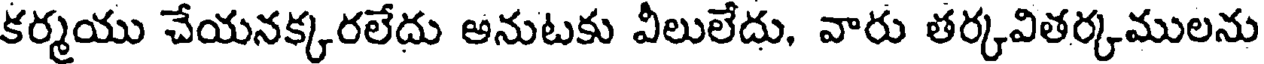
కర్మయు చేయనక్కరలేదు అనుటకు వీలులేదు, వారు తర్కవితర్కములను